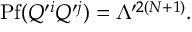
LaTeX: \mathrm { P f } ( Q ^ { \prime i } Q ^ { \prime j } ) = \Lambda ^ { \prime 2 ( N + 1 ) } .